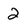
Character: 2